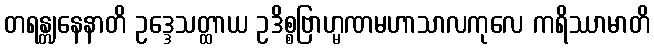
တရန္တျနေနာတိ ဥဒ္ဒေသတ္ထာယ ဥဒိစ္စဗြာဟ္မဏမဟာသာလကုလေ ကရိဿာမာတိ